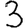
Digit: 3